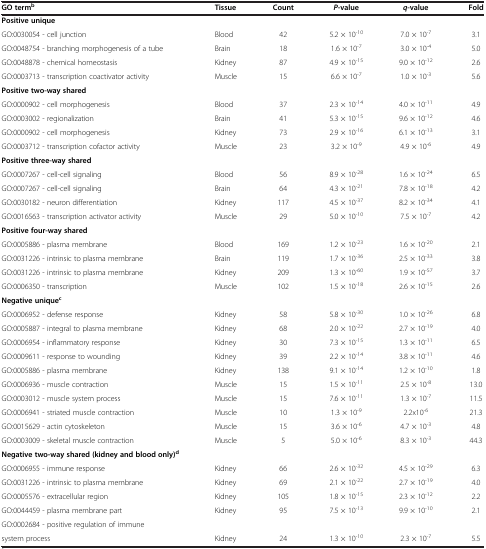
<table><thead><tr><td><b>GO term<sup>b</sup></b></td><td><b>Tissue</b></td><td><b>Count</b></td><td><b><i>P</i>-value</b></td><td><b><i>q</i>-value</b></td><td><b>Fold</b></td></tr></thead><tbody><tr><td><b>Positive unique</b></td><td> </td><td> </td><td> </td><td> </td><td> </td></tr><tr><td>GO:0030054 - cell junction</td><td>Blood</td><td>42</td><td>5.2 × 10<sup>-10</sup></td><td>7.0 × 10<sup>-7</sup></td><td>3.1</td></tr><tr><td>GO:0048754 - branching morphogenesis of a tube</td><td>Brain</td><td>18</td><td>1.6 × 10<sup>-7</sup></td><td>3.0 × 10<sup>-4</sup></td><td>5.0</td></tr><tr><td>GO:0048878 - chemical homeostasis</td><td>Kidney</td><td>87</td><td>4.9 × 10<sup>-15</sup></td><td>9.0 × 10<sup>-12</sup></td><td>2.6</td></tr><tr><td>GO:0003713 - transcription coactivator activity</td><td>Muscle</td><td>15</td><td>6.6 × 10<sup>-7</sup></td><td>1.0 × 10<sup>-3</sup></td><td>5.6</td></tr><tr><td><b>Positive two-way shared</b></td><td> </td><td> </td><td> </td><td> </td><td> </td></tr><tr><td>GO:0000902 - cell morphogenesis</td><td>Blood</td><td>37</td><td>2.3 × 10<sup>-14</sup></td><td>4.0 × 10<sup>-11</sup></td><td>4.9</td></tr><tr><td>GO:0003002 - regionalization</td><td>Brain</td><td>41</td><td>5.3 × 10<sup>-15</sup></td><td>9.6 × 10<sup>-12</sup></td><td>4.6</td></tr><tr><td>GO:0000902 - cell morphogenesis</td><td>Kidney</td><td>73</td><td>2.9 × 10<sup>-16</sup></td><td>6.1 × 10<sup>-13</sup></td><td>3.1</td></tr><tr><td>GO:0003712 - transcription cofactor activity</td><td>Muscle</td><td>23</td><td>3.2 × 10<sup>-9</sup></td><td>4.9 × 10<sup>-6</sup></td><td>4.9</td></tr><tr><td><b>Positive three-way shared</b></td><td> </td><td> </td><td> </td><td> </td><td> </td></tr><tr><td>GO:0007267 - cell-cell signaling</td><td>Blood</td><td>56</td><td>8.9 × 10<sup>-28</sup></td><td>1.6 × 10<sup>-24</sup></td><td>6.5</td></tr><tr><td>GO:0007267 - cell-cell signaling</td><td>Brain</td><td>64</td><td>4.3 × 10<sup>-21</sup></td><td>7.8 × 10<sup>-18</sup></td><td>4.2</td></tr><tr><td>GO:0030182 - neuron differentiation</td><td>Kidney</td><td>117</td><td>4.5 × 10<sup>-37</sup></td><td>8.2 × 10<sup>-34</sup></td><td>4.1</td></tr><tr><td>GO:0016563 - transcription activator activity</td><td>Muscle</td><td>29</td><td>5.0 × 10<sup>-10</sup></td><td>7.5 × 10<sup>-7</sup></td><td>4.2</td></tr><tr><td><b>Positive four-way shared</b></td><td> </td><td> </td><td> </td><td> </td><td> </td></tr><tr><td>GO:0005886 - plasma membrane</td><td>Blood</td><td>169</td><td>1.2 × 10<sup>-23</sup></td><td>1.6 × 10<sup>-20</sup></td><td>2.1</td></tr><tr><td>GO:0031226 - intrinsic to plasma membrane</td><td>Brain</td><td>119</td><td>1.7 × 10<sup>-36</sup></td><td>2.5 × 10<sup>-33</sup></td><td>3.8</td></tr><tr><td>GO:0031226 - intrinsic to plasma membrane</td><td>Kidney</td><td>209</td><td>1.3 × 10<sup>-60</sup></td><td>1.9 × 10<sup>-57</sup></td><td>3.7</td></tr><tr><td>GO:0006350 - transcription</td><td>Muscle</td><td>102</td><td>1.5 × 10<sup>-18</sup></td><td>2.6 × 10<sup>-15</sup></td><td>2.6</td></tr><tr><td><b>Negative unique</b><sup><b>c</b></sup></td><td> </td><td> </td><td> </td><td> </td><td> </td></tr><tr><td>GO:0006952 - defense response</td><td>Kidney</td><td>58</td><td>5.8 × 10<sup>-30</sup></td><td>1.0 × 10<sup>-26</sup></td><td>6.8</td></tr><tr><td>GO:0005887 - integral to plasma membrane</td><td>Kidney</td><td>68</td><td>2.0 × 10<sup>-22</sup></td><td>2.7 × 10<sup>-19</sup></td><td>4.0</td></tr><tr><td>GO:0006954 - inflammatory response</td><td>Kidney</td><td>30</td><td>7.3 × 10<sup>-15</sup></td><td>1.3 × 10<sup>-11</sup></td><td>6.5</td></tr><tr><td>GO:0009611 - response to wounding</td><td>Kidney</td><td>39</td><td>2.2 × 10<sup>-14</sup></td><td>3.8 × 10<sup>-11</sup></td><td>4.6</td></tr><tr><td>GO:0005886 - plasma membrane</td><td>Kidney</td><td>138</td><td>9.1 × 10<sup>-14</sup></td><td>1.2 × 10<sup>-10</sup></td><td>1.8</td></tr><tr><td>GO:0006936 - muscle contraction</td><td>Muscle</td><td>15</td><td>1.5 × 10<sup>-11</sup></td><td>2.5 × 10<sup>-8</sup></td><td>13.0</td></tr><tr><td>GO:0003012 - muscle system process</td><td>Muscle</td><td>15</td><td>7.6 × 10<sup>-11</sup></td><td>1.3 × 10<sup>-7</sup></td><td>11.5</td></tr><tr><td>GO:0006941 - striated muscle contraction</td><td>Muscle</td><td>10</td><td>1.3 × 10<sup>-9</sup></td><td>2.2x10<sup>-6</sup></td><td>21.3</td></tr><tr><td>GO:0015629 - actin cytoskeleton</td><td>Muscle</td><td>15</td><td>3.6 × 10<sup>-6</sup></td><td>4.7 × 10<sup>-3</sup></td><td>4.8</td></tr><tr><td>GO:0003009 - skeletal muscle contraction</td><td>Muscle</td><td>5</td><td>5.0 × 10<sup>-6</sup></td><td>8.3 × 10<sup>-3</sup></td><td>44.3</td></tr><tr><td><b>Negative two-way shared (kidney and blood only)</b><sup><b>d</b></sup></td><td> </td><td> </td><td> </td><td> </td><td> </td></tr><tr><td>GO:0006955 - immune response</td><td>Kidney</td><td>66</td><td>2.6 × 10<sup>-32</sup></td><td>4.5 × 10<sup>-29</sup></td><td>6.3</td></tr><tr><td>GO:0031226 - intrinsic to plasma membrane</td><td>Kidney</td><td>69</td><td>2.1 × 10<sup>-22</sup></td><td>2.7 × 10<sup>-19</sup></td><td>4.0</td></tr><tr><td>GO:0005576 - extracellular region</td><td>Kidney</td><td>105</td><td>1.8 × 10<sup>-15</sup></td><td>2.3 × 10<sup>-12</sup></td><td>2.2</td></tr><tr><td>GO:0044459 - plasma membrane part</td><td>Kidney</td><td>95</td><td>7.5 × 10<sup>-13</sup></td><td>9.9 × 10<sup>-10</sup></td><td>2.1</td></tr><tr><td>GO:0002684 - positive regulation of immune</td><td> </td><td> </td><td> </td><td> </td><td> </td></tr><tr><td>system process</td><td>Kidney</td><td>24</td><td>1.3 × 10<sup>-10</sup></td><td>2.3 × 10<sup>-7</sup></td><td>5.5</td></tr></tbody></table>